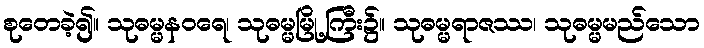
စုတေခဲ့၍။ သုဓမ္မနဝရေ၊ သုဓမ္မမြို့ကြီး၌။ သုဓမ္မရာဇဿ၊ သုဓမ္မမည်သော